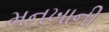
મનખાની